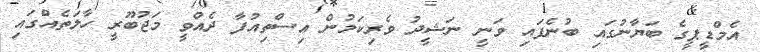
އެމްޑީޕީގެ ބަޔާނުގައި ބުނެފައި ވަނީ ނަޝީދު ވެރިކަމުން އިސްތިއުފާ ދެއްވީ މަޖުބޫރީ ހާލަތެއްގައި